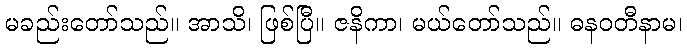
မခည်းတော်သည်။ အာသိ၊ ဖြစ်ပြီ။ ဇနိကာ၊ မယ်တော်သည်။ ဓနဝတီနာမ၊